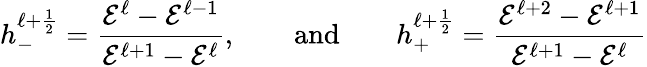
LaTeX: h_{-}^{\ell+\frac{1}{2}}=\frac{\mathcal{E}^{\ell}-\mathcal{E}^{\ell-1}}{\mathcal{E}^{\ell+1}-\mathcal{E}^{\ell}},\qquad\textnormal{and}\qquad h_{+}^{\ell+\frac{1}{2}}=\frac{\mathcal{E}^{\ell+2}-\mathcal{E}^{\ell+1}}{\mathcal{E}^{\ell+1}-\mathcal{E}^{\ell}}